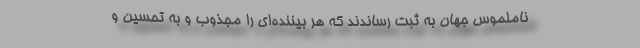
ناملموس جهان به ثبت رساندند که هر بیننده‌ای را مجذوب و به تحسین و